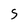
Character: S